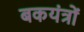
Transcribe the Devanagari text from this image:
बकयंत्रों